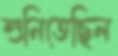
শুনিতেছিল